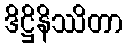
ဒိဋ္ဌိနိဿိတာ